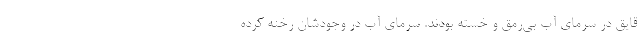
قایق در سرمای آب بی‌رمق و خسته بودند. سرمای آب در وجودشان رخنه کرده